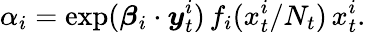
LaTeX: \alpha_{i}=\exp(\boldsymbol\beta_{i}\cdot\boldsymbol y_{t}^{i})\, f_{i}(x_{t}^{i}/N_{t})\, x_{t}^{i}.